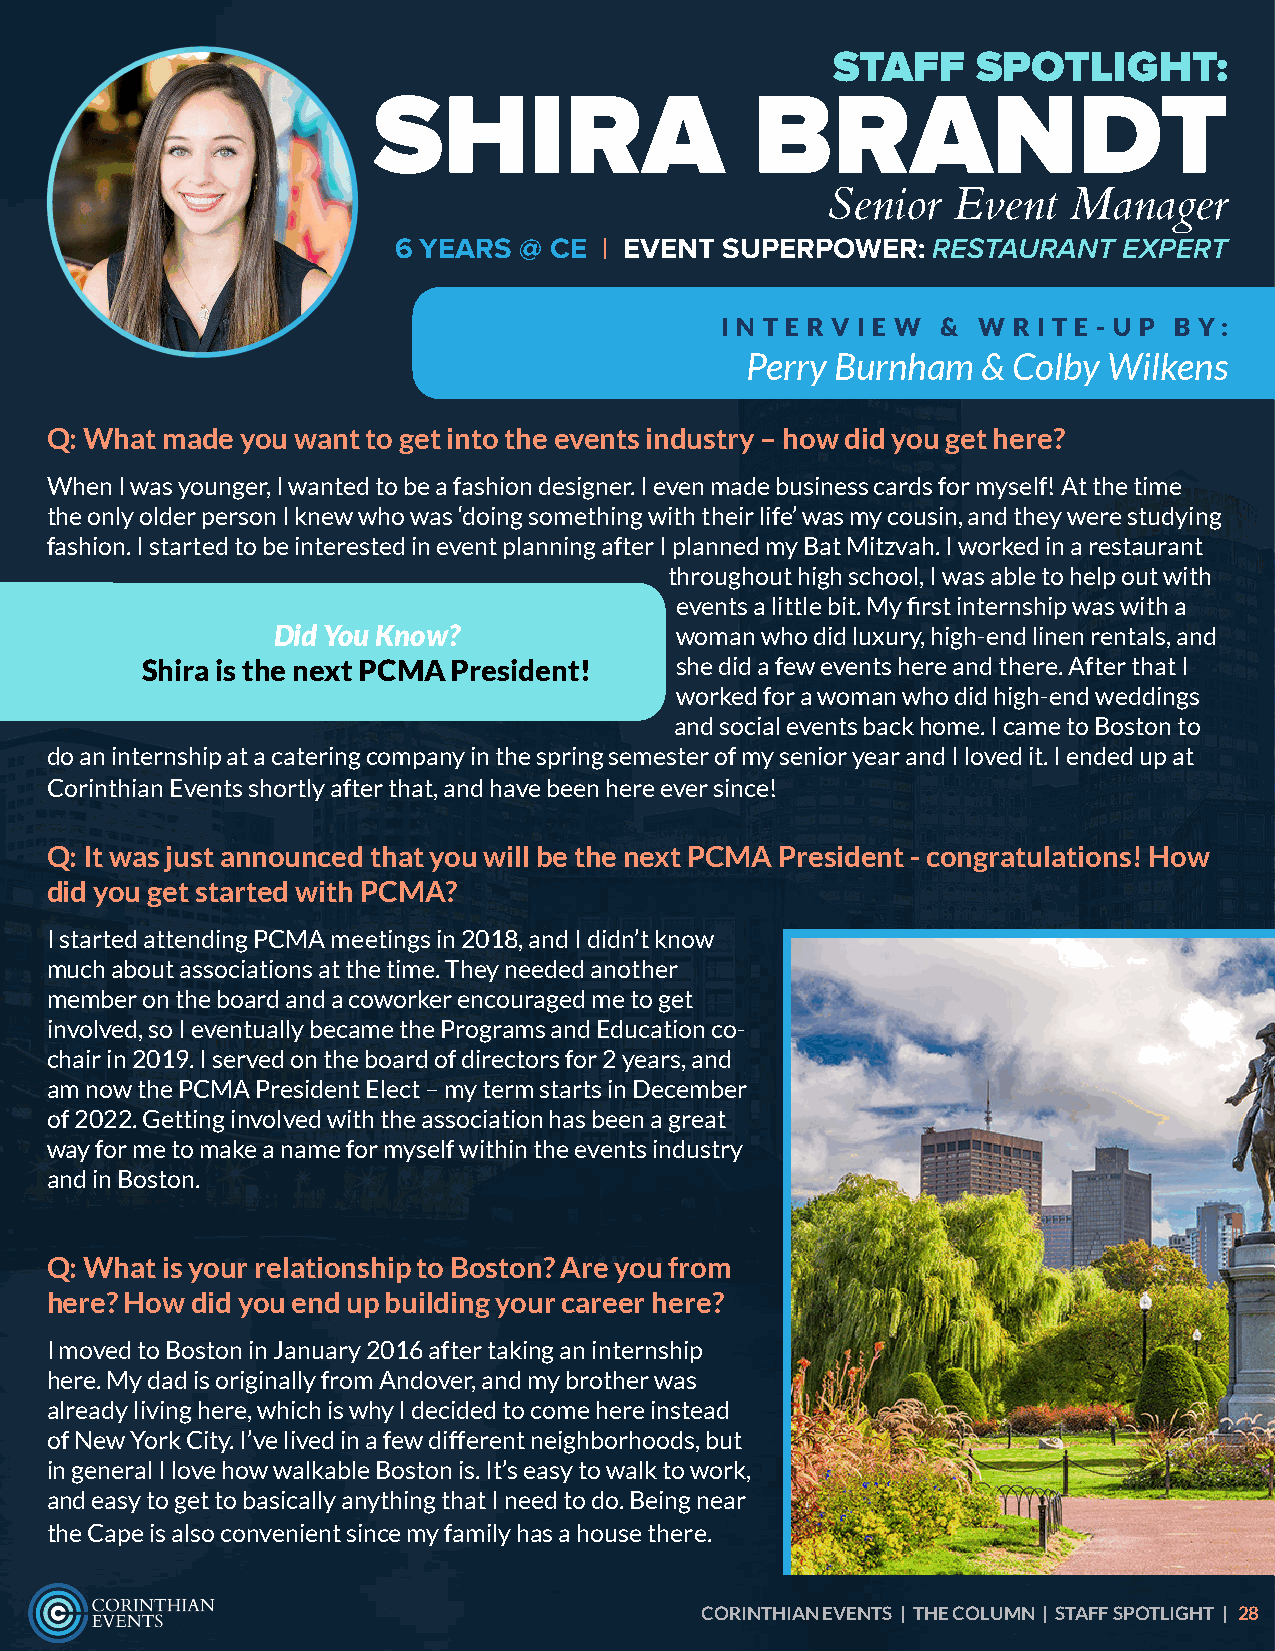
STAFF     SPOTLIGHT:
 SHIRA                    BRANDT
 Senior  Event   Manager
 6 YEARS @ CE  | EVENT SUPERPOWER:   RESTAURANT  EXPERT
 I N T E R V I E W & W R I T E - U P B Y:
 Perry Burnham   & Colby Wilkens
 Q: What made you want to get into the events industry – how did you get here?
 When I was younger, I wanted to be a fashion designer. I even made business cards for myself! At the time
 the only older person I knew who was ‘doing something with their life’ was my cousin, and they were studying
 fashion. I started to be interested in event planning after I planned my Bat Mitzvah. I worked in a restaurant
 throughout high school, I was able to help out with
 events a little bit. My first internship was with a
 Did You Know?              woman who did luxury, high-end linen rentals, and
 Shira is the next PCMA President!   she did a few events here and there. After that I
 worked for a woman who did high-end weddings
 and social events back home. I came to Boston to
 do an internship at a catering company in the spring semester of my senior year and I loved it. I ended up at
 Corinthian Events shortly after that, and have been here ever since!
 Q: It was just announced that you will be the next PCMA President - congratulations! How
 did you get started with PCMA?
 I started attending PCMA meetings in 2018, and I didn’t know
 much about associations at the time. They needed another
 member on the board and a coworker encouraged me to get
 involved, so I eventually became the Programs and Education co-
 chair in 2019. I served on the board of directors for 2 years, and
 am now the PCMA President Elect – my term starts in December
 of 2022. Getting involved with the association has been a great
 way for me to make a name for myself within the events industry
 and in Boston.
 Q: What is your relationship to Boston? Are you from
 here? How did you end up building your career here?
 I moved to Boston in January 2016 after taking an internship
 here. My dad is originally from Andover, and my brother was
 already living here, which is why I decided to come here instead
 of New York City. I’ve lived in a few different neighborhoods, but
 in general I love how walkable Boston is. It’s easy to walk to work,
 and easy to get to basically anything that I need to do. Being near
 the Cape is also convenient since my family has a house there.
 CORINTHIAN EVENTS | THE COLUMN | STAFF SPOTLIGHT | 28